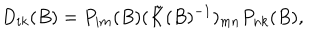
D _ { i k } ( B ) = P _ { i m } ( B ) ( \tilde { K } ( B ) ^ { - 1 } ) _ { m n } P _ { n k } ( B ) ,